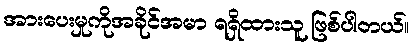
အားပေးမှုကိုအခိုင်အမာ ရရှိထားသူ ဖြစ်ပါတယ်။